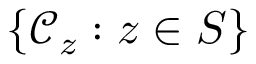
\{ \mathcal { C } _ { z } : z \in S \}